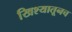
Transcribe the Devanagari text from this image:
खिश्यातूनच